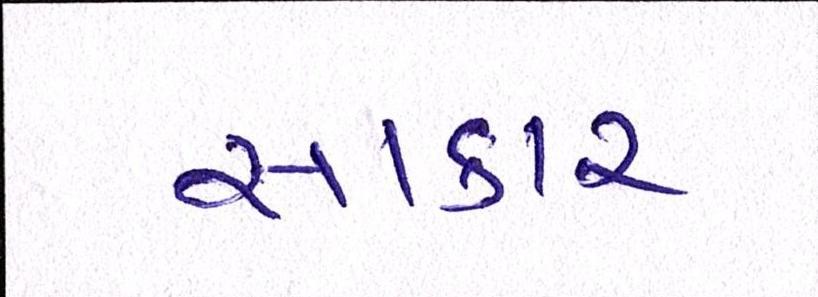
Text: સાકાર